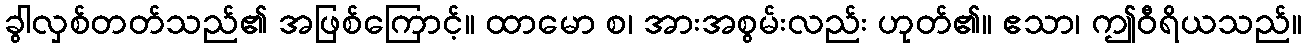
ခွါလှစ်တတ်သည်၏ အဖြစ်ကြောင့်။ ထာမော စ၊ အားအစွမ်းလည်း ဟုတ်၏။ ဧသာ၊ ဤဝီရိယသည်။